Indian journal of veterinary science and animal husbandry - Volumes 15-17, 1948-1951
Year: 1948
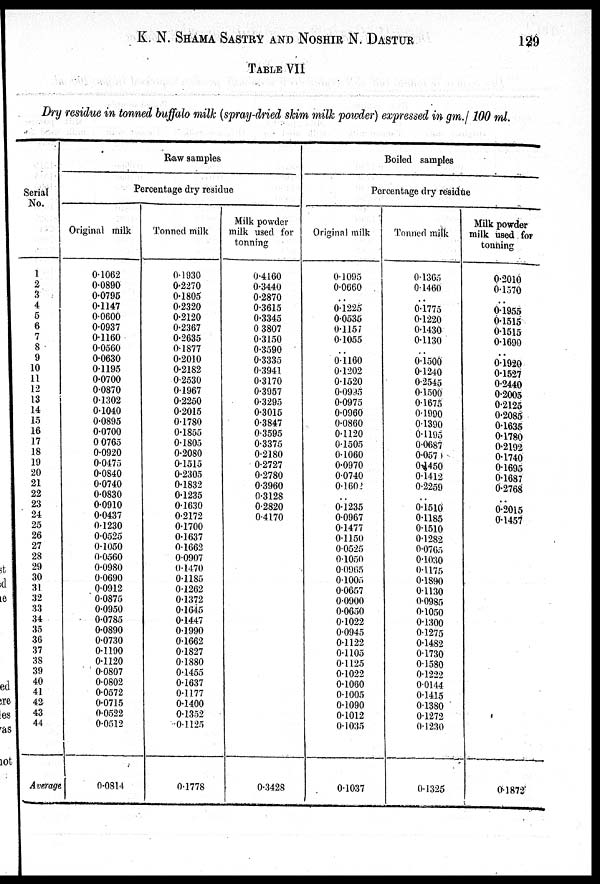
K. N. SHAMM SASTRY AND NOSHIR N.
DASTUR
129
TABLE VII
Dry residue in tonned buffalo milk (spray-dried skim milk powder) expressed in gm./ 100 ml.
Serial
No.
1
2
3
4
5
6
7
8
9
10
11
12
13
14
15
16
17
18
19
20
21
22
23
24
25
26
27
28
29
30
31
32
33
34
35
36
37
38
39
40
41
42
43
44
Average
Raw samples
Percentage dry residue
Original milk
0.1062
0.0890
0.0795
0.1147
0.0600
0.0937
0.1160
0.0560
0.0630
0.1195
0.0700
0.0870
0.1302
0.1040
0.0895
0.0700
0 0765
0.0920
0.0475
0.0840
0.0740
0.0830
0.0910
0.0437
0.1230
0.0525
0.1050
0.0560
0.0980
0.0690
0.0912
0.0875
0.0950
0.0785
0.0890
0.0730
0.1190
0.1120
0.0807
0.0802
0.0572
0.0715
0.0522
0.0512
0.0814
Tonned milk
0.1930
0.2270
0.1805
0.2320
0.2120
0.2367
0.2635
0.1877
0.2010
0.2182
0.2530
0.1967
0.2250
0.2015
0.1780
0.1855
0.1805
0.2080
0.1515
0.2305
0.1832
0.1235
0.1630
0.2172
0.1700
0.1637
0.1662
0.0907
0.1470
0.1185
0.1262
0.1372
0.1645
0.1447
0.1990
0.1662
0.1827
0.1880
0.1455
0.1637
0.1177
0.1400
0.1352
0.1125
0.1778
Milk powder
milk used for
tonning
0.4160
0.3440
0.2870
0.3615
0.3345
0 3807
0.3150
0.3590
0.3335
0.3941
0.3170
0.3957
0.3295
0.3015
0.3847
0.3595
0.3375
0.2180
0.2727
0.2780
0.3960
0.3128
0.2820
0.4170
0.3428
Boiled samples
Percentage dry residue
Original milk
0.1095
0.0660
. .
0.1225
0.0535
0.1157
0.1055
..
0.1160
0.1202
0.1520
0.0995
0.0975
0.0960
0.0860
0.1120
0.1505
0.1060
0.0970
0.0740
0.1602
..
0.1235
0.0967
0.1477
0.1150
0.0525
0.1050
0.0965
0.1005
0.0657
0.0900
0.0650
0.1022
0.0945
0.1122
0.1105
0.1125
0.1022
0.1060
0.1005
0.1090
0.1012
0.1035
0.1037
Tonned milk
0.1365
0.1460
..
0.1775
0.1220
0.1430
0.1130
..
0.1500
0.1240
0.2545
0.1500
0.1675
0.1990
0.1390
0.1195
0.0687
0.0570
0.1450
0.1412
0.2259
..
0.1510
0.1185
0.1510
0.1282
0.0765
0.1030
0.1175
0.1890
0.1130
0.0985
0.1050
0.1300
0.1275
0.1482
0.1730
0.1580
0.1222
0.0144
0.1415
0.1380
0.1272
0.1230
0.1325
Milk powder
milk used for
tonning
0.2010
0.1570
..
0.1955
0.1515
0.1515
0.1690
..
0.1920
0.1527
0.2440
0.2005
0.2125
0.2085
0.1635
0.1780
0.2192
0.1740
0.1695
0.1687
0.2768
..
0.2015
0.1457
0.1872